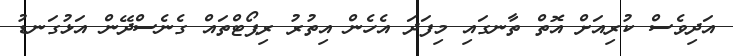
އަދިވެސް ކުރިއަށް އޮތް ތާނގައި މިފަދަ އެހެން އިތުރު ރިޕޯޓްތައް ގެނެސްދޭން އަޅުގަނޑު